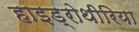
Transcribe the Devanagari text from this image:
हाइड्रोथीरिया